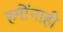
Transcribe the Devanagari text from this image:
हमोंनाही